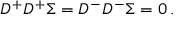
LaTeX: { \cal D } ^ { + } { \cal D } ^ { + } \Sigma = { \cal D } ^ { - } { \cal D } ^ { - } \Sigma = 0 \, .